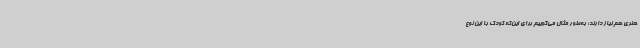
هنری هم نیاز دارند؛ به‌طور مثال می‌گوییم برای این‌که کودک با این نوع